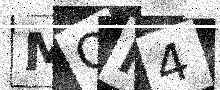
Text: MON4